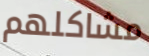
مشاكلهم